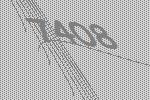
7408